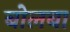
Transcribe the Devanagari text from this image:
बोलबा